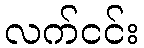
လက်ငင်း